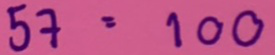
57 = 100